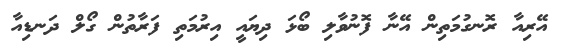
އޭރިއާ ރޮނގުމަތިން އޭނާ ފޮނުވާލި ބޯޅަ ދިޔައީ އިރުމަތި ފަރާތުން ގޯލް ދަނޑިއާ